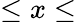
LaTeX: \le x\le